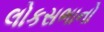
લોકસભાનો